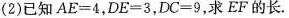
(2)已知$$A E = 4$$，$$D E = 3$$，$$D C = 9$$，求EF的长。